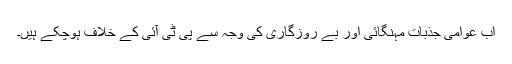
اب عوامی جذبات مہنگائی اور بے روزگاری کی وجہ سے پی ٹی آئی کے خلاف ہوچکے ہیں۔